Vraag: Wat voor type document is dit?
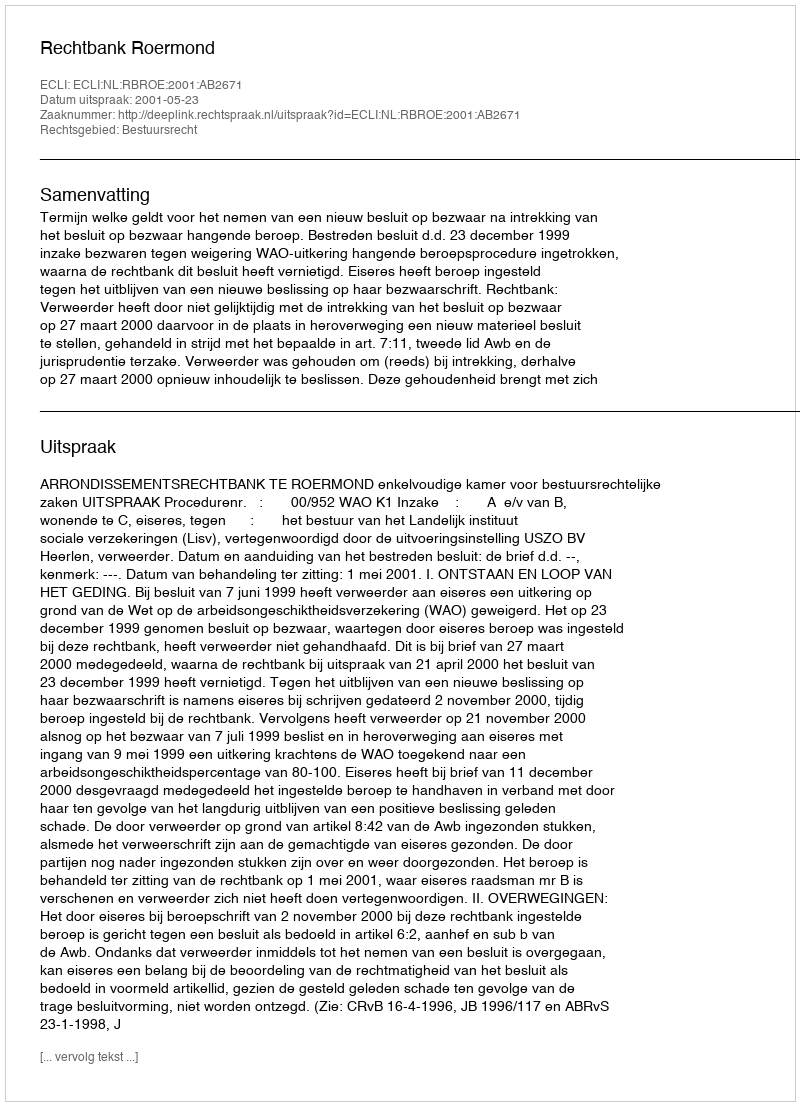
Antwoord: Uitspraak